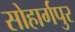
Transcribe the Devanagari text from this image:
सोहार्गपुर